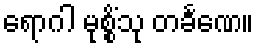
ရောဂါ မုစ္စိံသု တင်္ခဏေ။